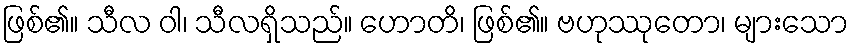
ဖြစ်၏။ သီလ ဝါ၊ သီလရှိသည်။ ဟောတိ၊ ဖြစ်၏။ ဗဟုဿုတော၊ များသော